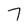
Character: 7